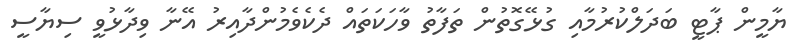
ޔާމީން ޕާޓީ ބަދަލްކުރުމާއި ގުޅޭގޮތުން ތަފާތު ވާހަކަތައް ދެކެވެމުންދާއިރު އޭނާ ވިދާޅުވީ ސިޔާސީ